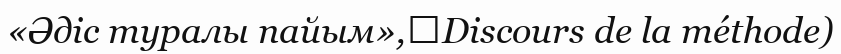
«Әдіс туралы пайым»,（Discours de la méthode)